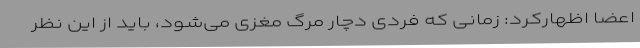
اعضا اظهارکرد: زمانی که فردی دچار مرگ مغزی می‌شود، باید از این نظر